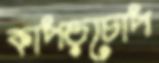
কাপড়চোপ